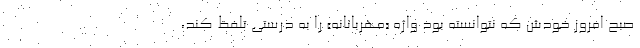
صبح امروز خودش که نتوانسته بود واژه «مهربانانه» را به درستی تلفظ کند،